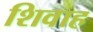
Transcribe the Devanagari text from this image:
शिवाह